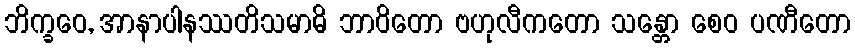
ဘိက္ခဝေ, အာနာပါနဿတိသမာဓိ ဘာဝိတော ဗဟုလီကတော သန္တော စေဝ ပဏီတော